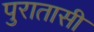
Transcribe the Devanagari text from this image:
पुरातासी